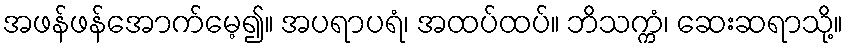
အဖန်ဖန်အောက်မေ့၍။ အပရာပရံ၊ အထပ်ထပ်။ ဘိသက္ကံ၊ ဆေးဆရာသို့။